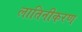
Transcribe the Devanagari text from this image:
लातिनीकरण